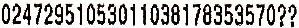
02472951053011038178353570??